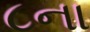
૮ના